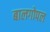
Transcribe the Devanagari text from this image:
बालगोपल